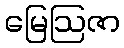
မြေဩဇာ